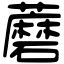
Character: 蘑